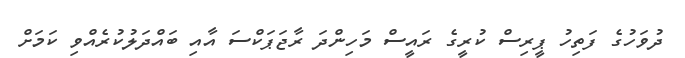
ދުވަހުގެ ފަތިހު ޕީރިސް ކުރީގެ ރައީސް މަހިންދަ ރާޖަޕަކްސަ އާއި ބައްދަލުކުރެއްވި ކަމަށް